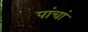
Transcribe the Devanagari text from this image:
पांचां